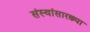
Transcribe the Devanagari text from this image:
संस्थांसारख्या